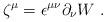
LaTeX: \begin{align*}\zeta^\mu=\epsilon^{\mu\nu} \partial_\nu { W}~.\end{align*}